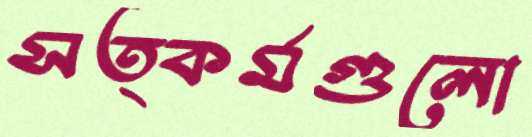
সত্কর্মগুলো